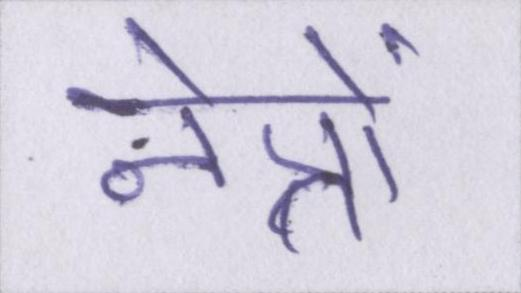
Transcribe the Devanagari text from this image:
नेत्रों